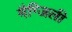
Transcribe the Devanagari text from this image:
मैग्जिली